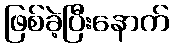
ဖြစ်ခဲ့ပြီးနောက်